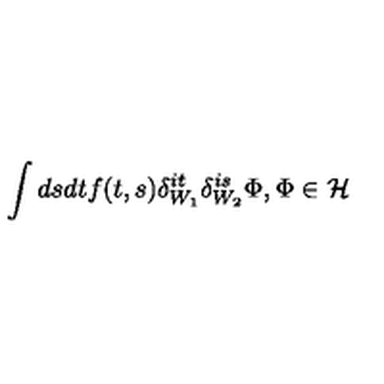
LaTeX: \int d s d t f ( t , s ) \delta _ { W _ { 1 } } ^ { i t } \delta _ { W _ { 2 } } ^ { i s } \Phi , \Phi \in { \cal H }